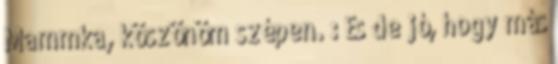
Mammka, köszönöm szépen. : És de jó, hogy más